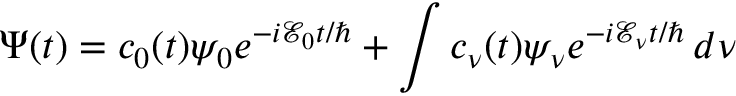
\Psi ( t ) = c _ { 0 } ( t ) \psi _ { 0 } e ^ { - i \mathcal { E } _ { 0 } t / \hbar } + \int c _ { \nu } ( t ) \psi _ { \nu } e ^ { - i \mathcal { E } _ { \nu } t / \hbar } \, d \nu